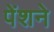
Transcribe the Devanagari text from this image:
पेंशने